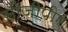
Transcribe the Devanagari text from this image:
सीजीपीए